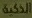
الذكية